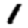
Digit: 1